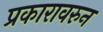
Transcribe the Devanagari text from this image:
प्रकारावरुन